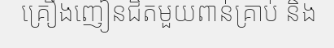
គ្រឿងញៀនជិតមួយពាន់គ្រាប់ និង